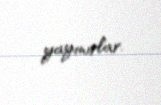
yayınırlar.